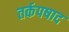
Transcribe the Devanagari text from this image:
तर्कपषाद